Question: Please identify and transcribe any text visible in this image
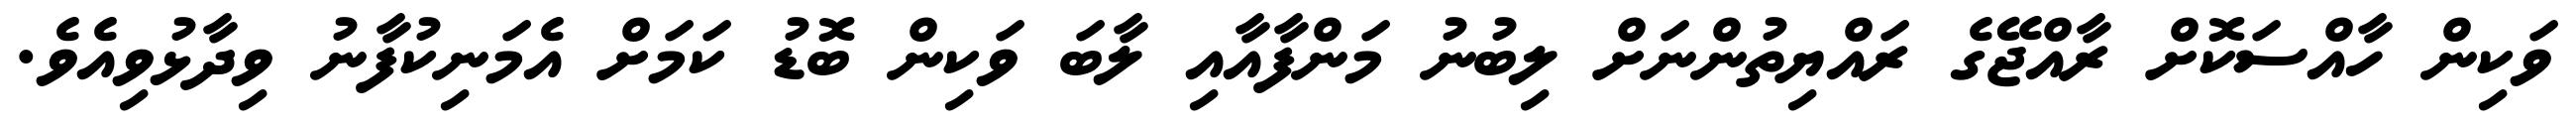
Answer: ވަކިން ހާއްސަކޮށް ރާއްޖޭގެ ރައްޔިތުންނަށް ލިބުނު މަންފާއާއި ލާބަ ވަކިން ބޮޑު ކަމަށް އެމަނިކުފާނު ވިދާޅުވިއެވެ.